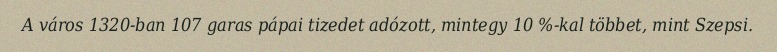
A város 1320-ban 107 garas pápai tizedet adózott, mintegy 10 %-kal többet, mint Szepsi.